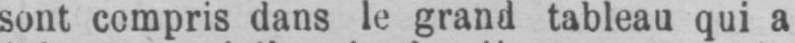
sont compris dans le grand tableau qui a